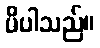
မိပါသည်။